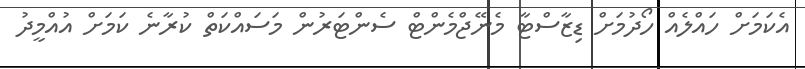
އެކަމަށް ހައްލެއް ހޯދުމަށް ޑިޒާސްޓާ މެނޭޖްމެންޓް ސެންޓަރުން މަސައްކަތް ކުރާނެ ކަމަށް އުއްމީދު